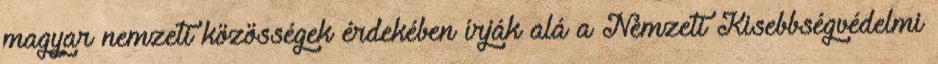
magyar nemzeti közösségek érdekében írják alá a Nemzeti Kisebbségvédelmi